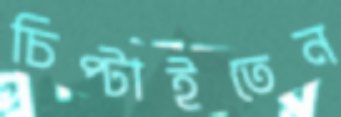
চিপ্‌টাইতেন